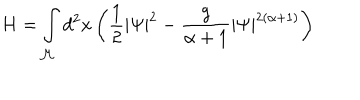
H = \int _ { \cal M } d ^ { 2 } x \left( \frac 1 2 | \Psi | ^ { 2 } - \frac { g } { \alpha + 1 } | \Psi | ^ { 2 ( \alpha + 1 ) } \right)